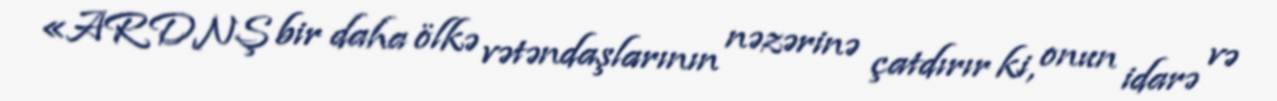
«ARDNŞ bir daha ölkə vətəndaşlarının nəzərinə çatdırır ki, onun idarə və